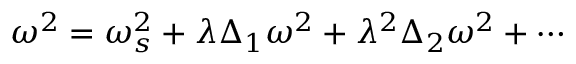
\omega ^ { 2 } = \omega _ { s } ^ { 2 } + \lambda \Delta _ { 1 } \omega ^ { 2 } + \lambda ^ { 2 } \Delta _ { 2 } \omega ^ { 2 } + \cdots